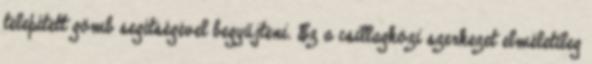
telepített gömb segítségével begyűjteni. Ez a csillagközi szerkezet elméletileg